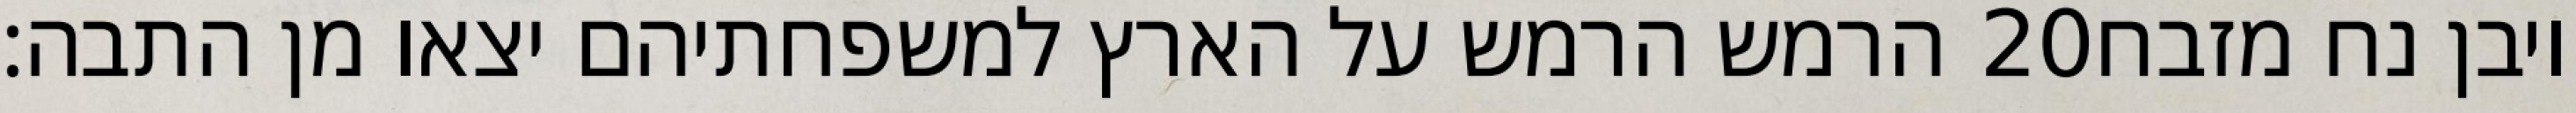
הרמש הרמש על הארץ למשפחתיהם יצאו מן התבה׃ ‎20‏ ויבן נח מזבח